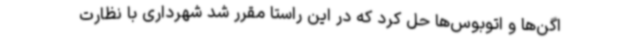
اگن‌ها و اتوبوس‌ها حل کرد که در این راستا مقرر شد شهرداری با نظارت